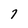
Character: 7